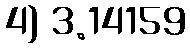
4) 3.14159